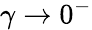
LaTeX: \gamma\rightarrow 0^{-}